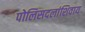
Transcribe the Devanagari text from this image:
पोलिसदलांशिवाय